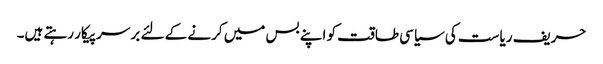
حریف ریاست کی سیاسی طاقت کو اپنے بس میں کرنے کے لئے بر سرپیکار رہتے ہیں۔